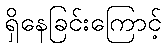
ရှိနေခြင်းကြောင့်